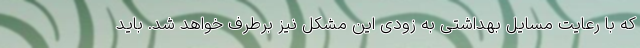
که با رعایت مسایل بهداشتی به زودی این مشکل نیز برطرف خواهد شد. باید